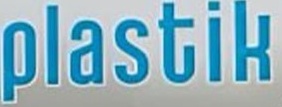
plastik